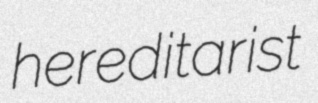
hereditarist